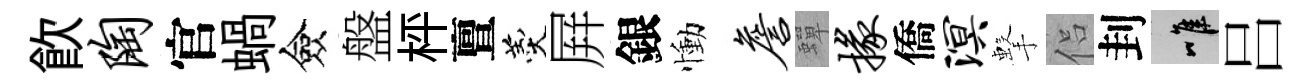
飮陶官蝸僉盤枰亶羹屛銀慟詹蟬掾僑溟擊侣刲唯吕